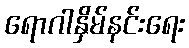
ရောဂါနှိမ်နင်းရေး